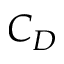
C _ { D }